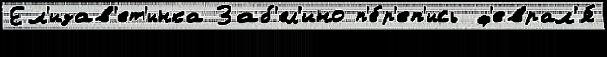
Ел'изав'ет'инка Заб'ел'ино п'е́р'еп'ись ф'еврал'я́